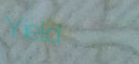
Yield